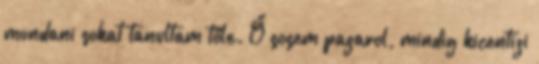
mondani sokat tanultam tőle. Ő sosem pazarol, mindig kicentizi